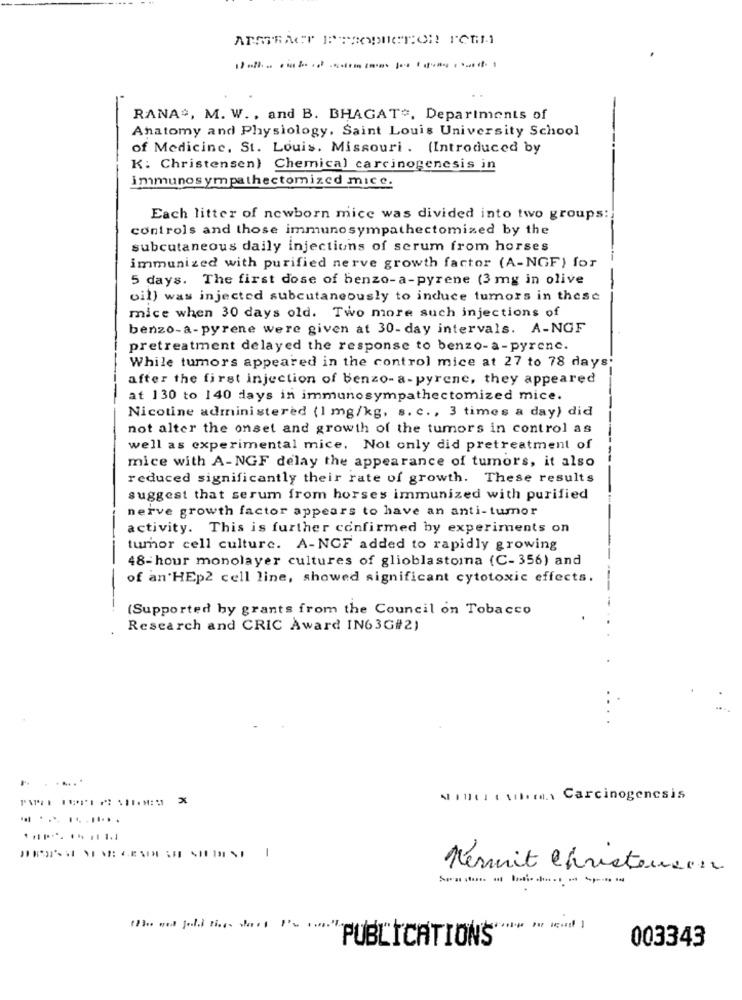
RANA#, M. W ., and B. BHAGAT", Departments of
Anatomy and Physiology, Saint Louis University School
of Medicine, St. Louis, Missouri . (Introduced by
K: Christensen) Chemical carcinogenesis in
immunosympathectomized mice.
Each litter of newborn mice was divided into two groups:
controls and those immunosympathectomized by the
subcutaneous daily injections of serum from horses
immunized with purified nerve growth factor (A-NGF) for
5 days. The first dose of benzo-a-pyrene (3 mg in olive
oil) was injected subcutaneously to induce tumors in these
mice when 30 days old. Two more such injections of
benzo-a-pyrene were given at 30- day intervals. A-NGF
pretreatment delayed the response to benzo-a-pyrene.
While tumors appeared in the control mice at 27 to 78 days:
after the first injection of benzo-a-pyrene, they appeared
at 130 to 140 days in immunosympathectomized mice.
Nicotine administered (1 mg/kg, s. c ., 3 times a day) did
not alter the onset and growth of the tumors in control as
well as experimental mice. Not only did pretreatment of
mice with A-NGF delay the appearance of tumors, it also
reduced significantly their rate of growth. These results
suggest that serum from horses immunized with purified
nerve growth factor appears to have an anti- tumor
activity. This is further confirmed by experiments on
tumor cell culture. A-NCF added to rapidly growing
48-hour monolayer cultures of glioblastoma (C-356) and
of an HEp2 cell line, showed significant cytotoxic effects.
(Supported by grants from the Council on Tobacco
Research and CRIC Award IN63G#2)
Nine: : thema. Carcinogenesis
-
Kermit Christensen
PUBLICATIONS
003343